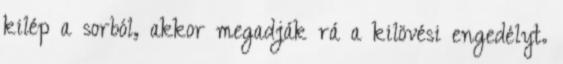
kilép a sorból, akkor megadják rá a kilövési engedélyt.